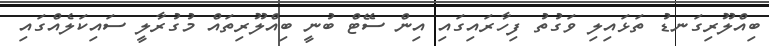
ބިއްލޫރިގަނޑު ތަޅައިލި ވަގުތު ފިހާރައިގައި އިން ސޭޓް ބުނީ ބިއްލޫރިތައް މުގުރާލީ ސައިކަލެއްގައި